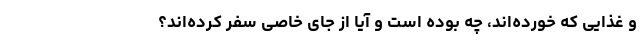
و غذایی که خورده‌اند، چه بوده است و آیا از جای خاصی سفر کرده‌اند؟